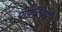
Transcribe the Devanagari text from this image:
प्रायःटिपण्णी